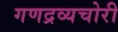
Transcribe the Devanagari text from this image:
गणद्रव्यचोरी